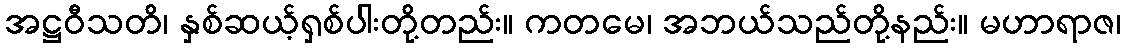
အဋ္ဌဝီသတိ၊ နှစ်ဆယ့်ရှစ်ပါးတို့တည်း။ ကတမေ၊ အဘယ်သည်တို့နည်း။ မဟာရာဇ၊